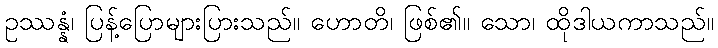
ဥဿန္နံ၊ ပြန့်ပြောများပြားသည်။ ဟောတိ၊ ဖြစ်၏။ သော၊ ထိုဒါယကာသည်။